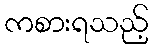
ကစားရသည့်